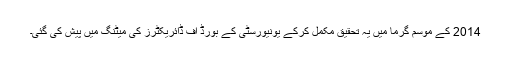
2014 کے موسم گرما میں یہ تحقیق مکمل کرکے یونیورسٹی کے بورڈ آف ڈائریکٹرز کی میٹنگ میں پیش کی گئی۔